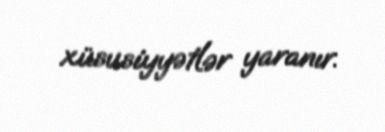
xüsusiyyətlər yaranır.